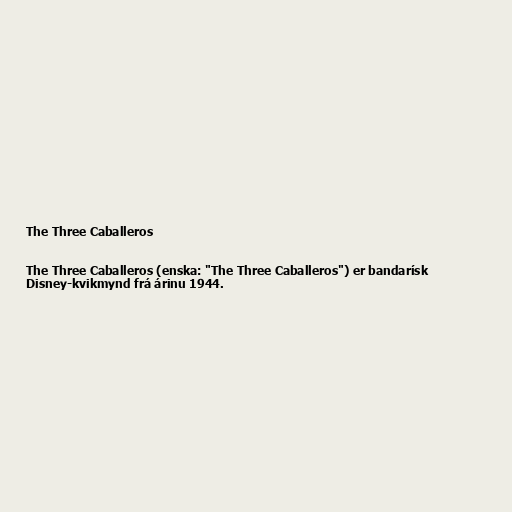
The Three Caballeros

The Three Caballeros (enska: "The Three Caballeros") er bandarísk
Disney-kvikmynd frá árinu 1944.